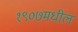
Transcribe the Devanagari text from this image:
१९०७मधील